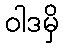
ဝါဒမှိ